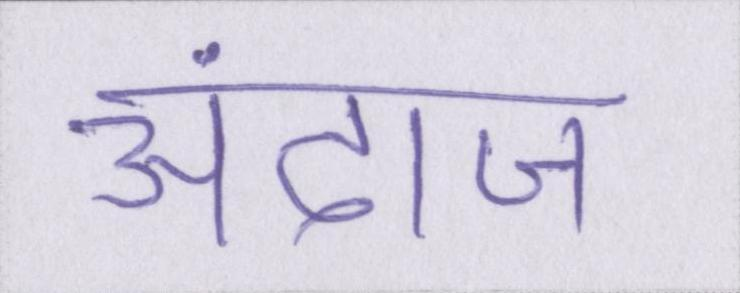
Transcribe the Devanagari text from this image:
अंदाज